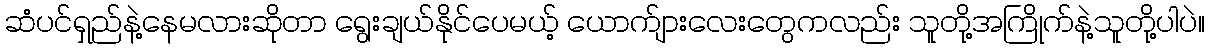
ဆံပင်ရှည်နဲ့နေမလားဆိုတာ ရွေးချယ်နိုင်ပေမယ့် ယောက်ျားလေးတွေကလည်း သူတို့အကြိုက်နဲ့သူတို့ပါပဲ။